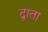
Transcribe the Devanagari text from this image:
द्वाता